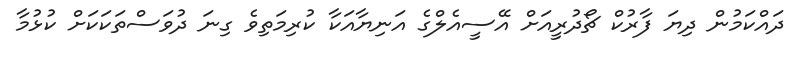
ދައްކަމުން ދިޔަ ފާރުކް ޗޯދުރީއަށް އޭސީއެލްގެ އަނިޔާއަކާ ކުރިމަތިވެ ގިނަ ދުވަސްތަކަކަށް ކުޅުމާ